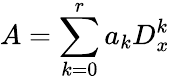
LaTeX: A=\sum_{k=0}^{r}a_{k}D_{x}^{k}